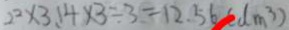
2 ^ { 2 } \times 3 . 1 4 \times 3 \div 3 = 1 2 . 5 6 ( d m ^ { 3 } )